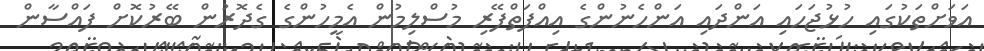
އަވަށްތަކުގައި ހުޅުޖަހައި އަންދައި އަންހެނުންގެ އިއްފަތްފޭރި މުސްލިމުން އެމީހުންގެ ގެދޮރުން ބޭރުކޮށް ފައްސާން